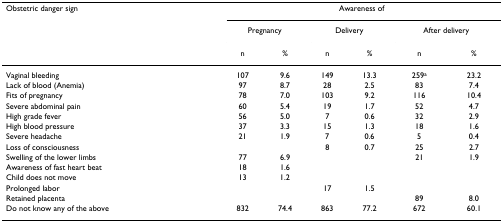
<table><thead><tr><td><b>Obstetric danger sign</b></td><td colspan="6"><b>Awareness of</b></td></tr><tr><td></td><td colspan="2"><b>Pregnancy</b></td><td colspan="2"><b>Delivery</b></td><td colspan="2"><b>After delivery</b></td></tr><tr><td></td><td><b>n</b></td><td><b>%</b></td><td><b>n</b></td><td><b>%</b></td><td><b>n</b></td><td><b>%</b></td></tr></thead><tbody><tr><td>Vaginal bleeding</td><td>107</td><td>9.6</td><td>149</td><td>13.3</td><td>259<sup>a</sup></td><td>23.2</td></tr><tr><td>Lack of blood (Anemia)</td><td>97</td><td>8.7</td><td>28</td><td>2.5</td><td>83</td><td>7.4</td></tr><tr><td>Fits of pregnancy</td><td>78</td><td>7.0</td><td>103</td><td>9.2</td><td>116</td><td>10.4</td></tr><tr><td>Severe abdominal pain</td><td>60</td><td>5.4</td><td>19</td><td>1.7</td><td>52</td><td>4.7</td></tr><tr><td>High grade fever</td><td>56</td><td>5.0</td><td>7</td><td>0.6</td><td>32</td><td>2.9</td></tr><tr><td>High blood pressure</td><td>37</td><td>3.3</td><td>15</td><td>1.3</td><td>18</td><td>1.6</td></tr><tr><td>Severe headache</td><td>21</td><td>1.9</td><td>7</td><td>0.6</td><td>5</td><td>0.4</td></tr><tr><td>Loss of consciousness</td><td></td><td></td><td>8</td><td>0.7</td><td>25</td><td>2.7</td></tr><tr><td>Swelling of the lower limbs</td><td>77</td><td>6.9</td><td></td><td></td><td>21</td><td>1.9</td></tr><tr><td>Awareness of fast heart beat</td><td>18</td><td>1.6</td><td></td><td></td><td></td><td></td></tr><tr><td>Child does not move</td><td>13</td><td>1.2</td><td></td><td></td><td></td><td></td></tr><tr><td>Prolonged labor</td><td></td><td></td><td>17</td><td>1.5</td><td></td><td></td></tr><tr><td>Retained placenta</td><td></td><td></td><td></td><td></td><td>89</td><td>8.0</td></tr><tr><td>Do not know any of the above</td><td>832</td><td>74.4</td><td>863</td><td>77.2</td><td>672</td><td>60.1</td></tr></tbody></table>